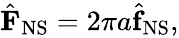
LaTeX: \begin{array}{r}{\hat{\mathbf{F}}_{\mathrm{NS}}=2\pi a\hat{\mathbf{f}}_{\mathrm{NS}},}\end{array}